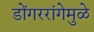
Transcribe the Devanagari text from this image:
डोंगररांगेमुळे